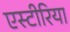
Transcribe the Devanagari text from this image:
एस्टीरिया